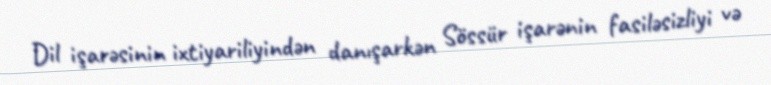
Dil işarəsinin ixtiyariliyindən danışarkən Sössür işarənin fasiləsizliyi və